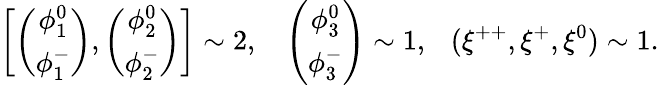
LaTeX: \left[\left(\begin{array}{c}{{\phi_{1}^{0}}}\\ {{\phi_{1}^{-}}}\end{array}\right),\left(\begin{array}{c}{{\phi_{2}^{0}}}\\ {{\phi_{2}^{-}}}\end{array}\right)\right]\sim 2,~~~\left(\begin{array}{c}{{\phi_{3}^{0}}}\\ {{\phi_{3}^{-}}}\end{array}\right)\sim 1,~~~(\xi^{++},\xi^{+},\xi^{0})\sim 1.